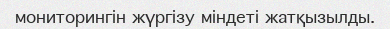
мониторингін жүргізу міндеті жатқызылды.